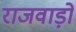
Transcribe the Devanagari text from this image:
राजवाड़ों